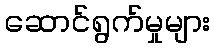
ဆောင်ရွက်မှုများ